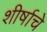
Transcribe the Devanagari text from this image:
शीर्षाचे